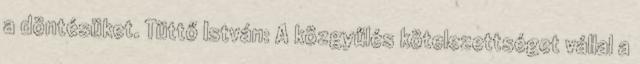
a döntésüket. Tüttő István: A közgyűlés kötelezettséget vállal a